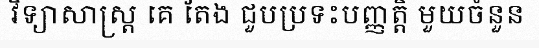
វិទ្យាសាស្ត្រ គេ តែង ជួបប្រទះបញ្ញត្តិ មួយចំនួន